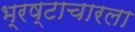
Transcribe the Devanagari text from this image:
भ्रष्टाचारला